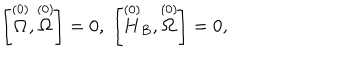
\left[ \stackrel { ( 0 ) } { \Omega } , \stackrel { ( 0 ) } { \Omega } \right] = 0 , \; \left[ \stackrel { ( 0 ) } { H } _ { B } , \stackrel { ( 0 ) } { \Omega } \right] = 0 ,